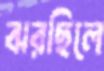
ঝরছিলে